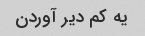
یه کم دیر آوردن